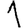
Digit: 1